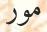
مور